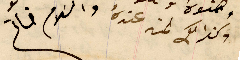
وكذالك لمن عندهُ والسَلام خاتم